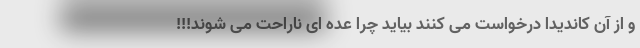
و از آن کاندیدا درخواست می کنند بیاید چرا عده ای ناراحت می شوند!!!